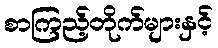
စာကြည့်တိုက်များနှင့်